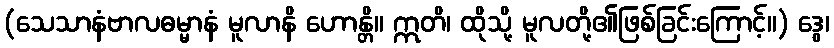
(သေသာနံဗာလဓမ္မာနံ မူလာနိ ဟောန္တိ။ ဣတိ၊ ထိုသို့ မူလတို့၏ဖြစ်ခြင်းကြောင့်။) ဒွေ၊